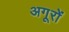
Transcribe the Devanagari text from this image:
अगूरों